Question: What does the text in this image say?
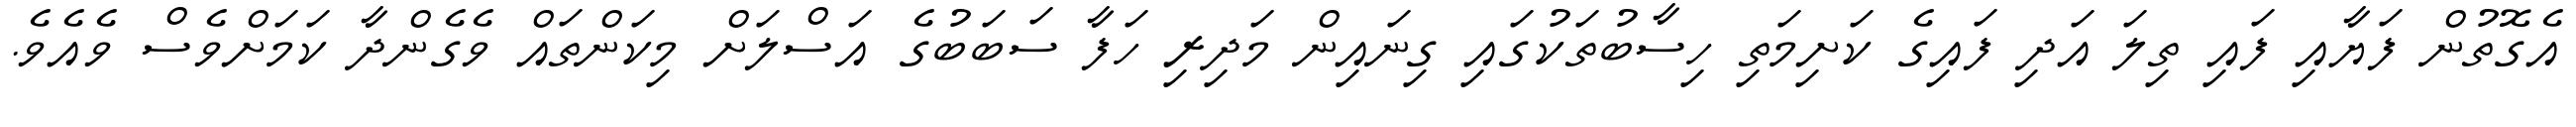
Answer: އެގޮތުން ފަޔާއި ފައި ތިލަ އަދި ފައިގެ ކަށިމަތި ހިސާބުތަކުގައި ގިނައިން މަދިރި ހަފާ ސަބަބުގެ އަސްލަށް މިކަންތައް ވެގެންދާ ކަމަށްވެސް ވެއެވެ.